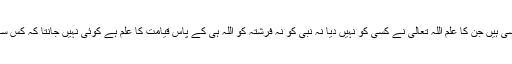
قتادۃ رحمہ اللہ فرماتے ہیں کہ ” بہت سی چیزیں ایسی ہیں جن کا علم اللہ تعالیٰ نے کسی کو نہیں دیا نہ نبی کو نہ فرشتہ کو اللہ ہی کے پاس قیامت کا علم ہے کوئی نہیں جانتا کہ کس سال کس مہینے کس دن یا کس رات میں وہ آئے گی ۔